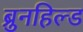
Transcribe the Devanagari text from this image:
ब्रुनहिल्ड